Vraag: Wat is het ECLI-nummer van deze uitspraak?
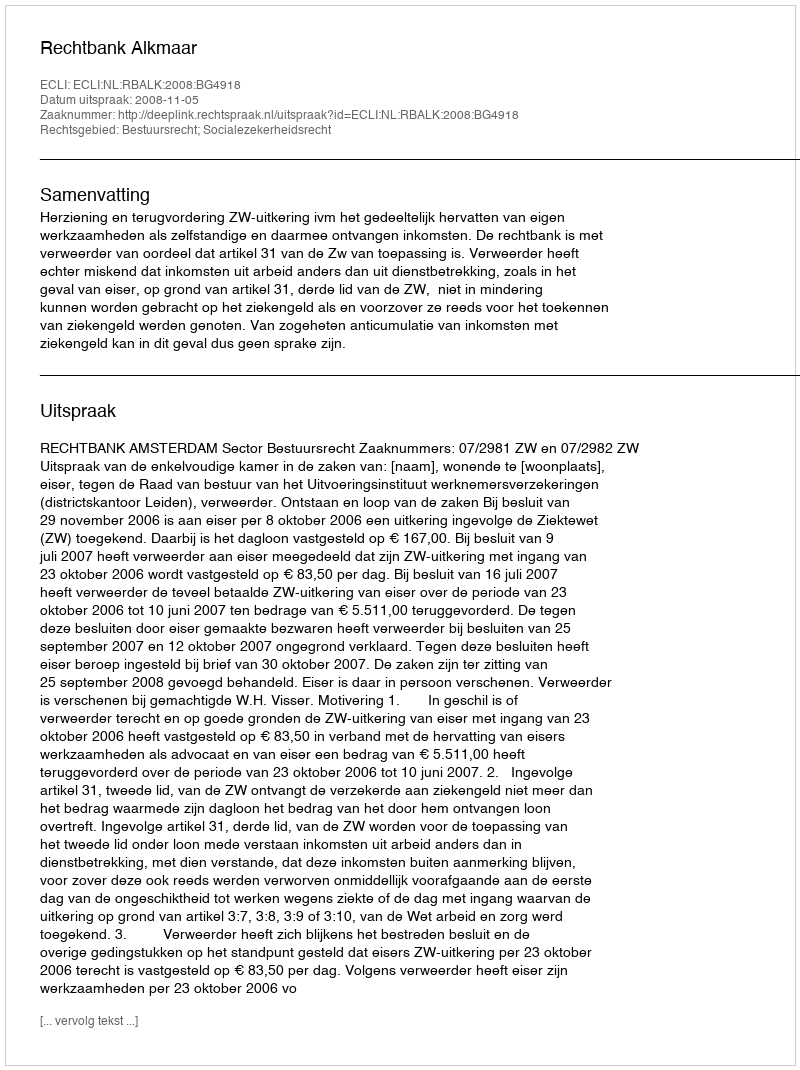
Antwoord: ECLI:NL:RBALK:2008:BG4918